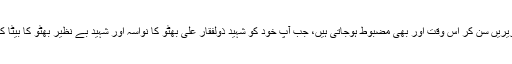
یہ امیدیں آپ کی سیاسی تقریریں سن کر اُس وقت اور بھی مضبوط ہوجاتی ہیں، جب آپ خود کو شہید ذولفقار علی بھٹو کا نواسہ اور شہید بے نظیر بھٹو کا بیٹا کہہ کر متعارف کراتے ہیں۔